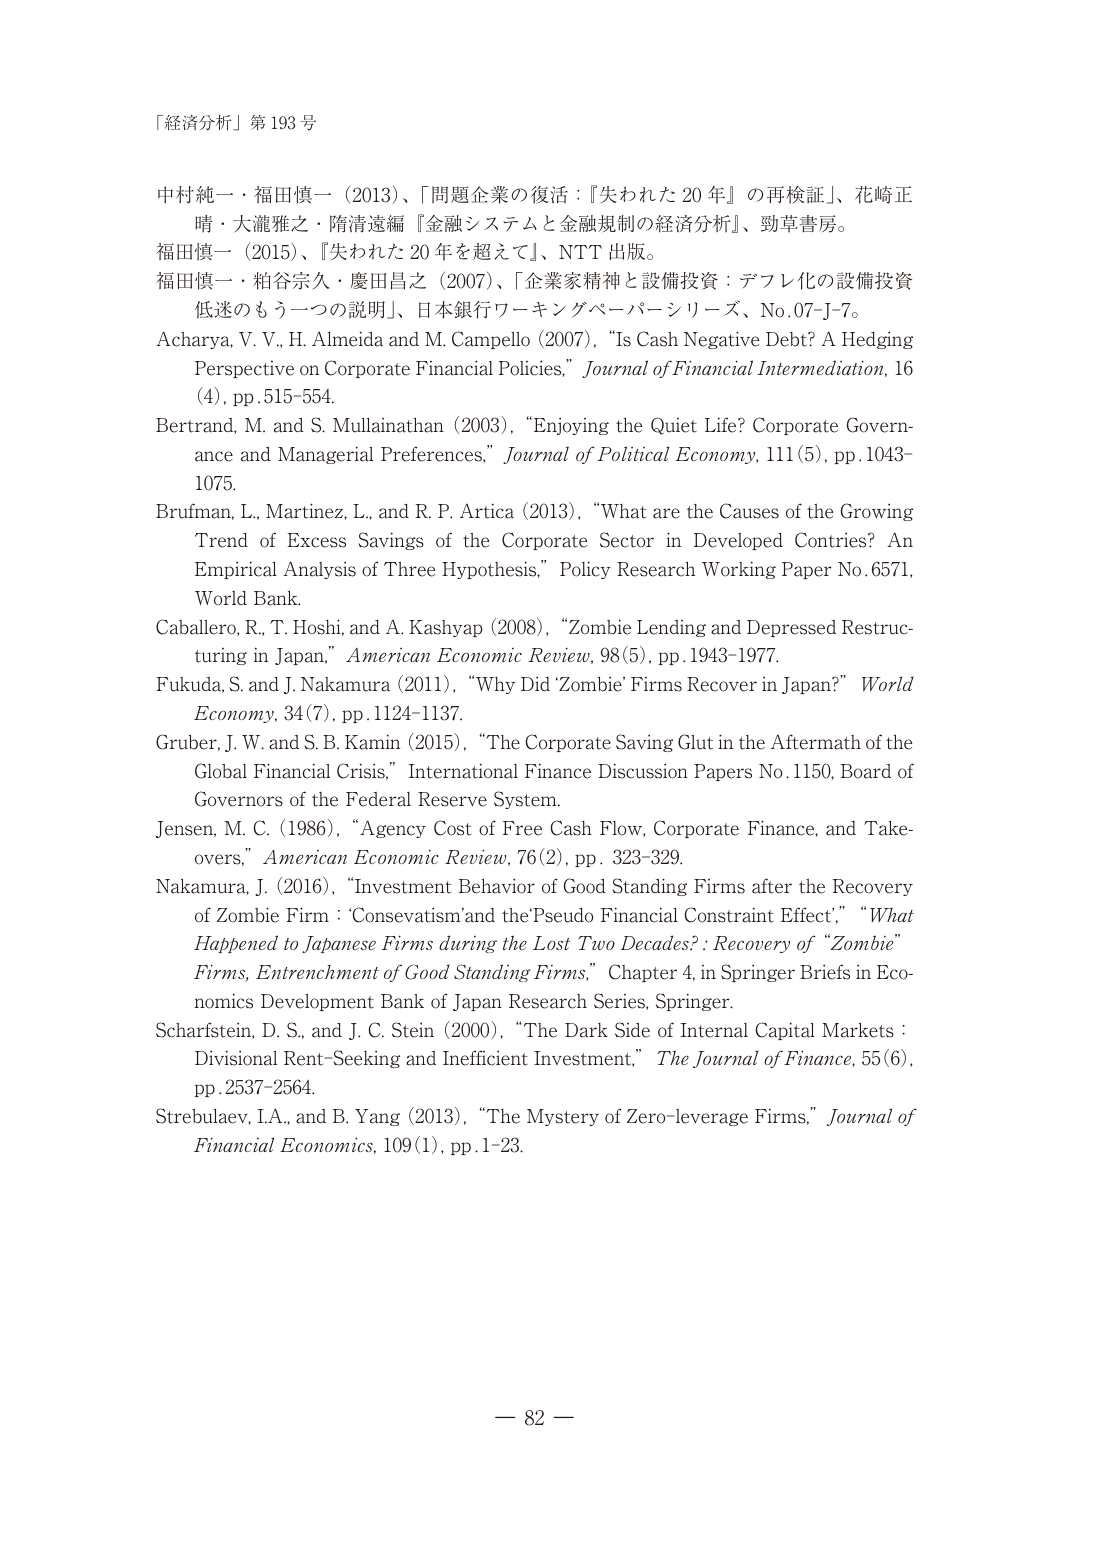
「経済分析」第193号

中村純一・福田慎一（2013）、『問題企業の復活：『失われた20年』の再検証』、花崎正晴・大瀧雅之・隋清遠編『金融システムと金融規制の経済分析』、勁草書房。

福田慎一（2015）、『失われた20年を超えて』、NTT出版。

福田慎一・粕谷宗久・慶田昌之（2007）、『企業家精神と設備投資：デフレ化の設備投資低迷のもう一つの説明』、日本銀行ワーキングペーパーシリーズ、No.07-J-7。

Acharya, V. V., H. Almeida and M. Campello (2007), “Is Cash Negative Debt? A Hedging Perspective on Corporate Financial Policies,” Journal of Financial Intermediation, 16 (4), pp. 515–554.

Bertrand, M. and S. Mullainathan (2003), “Enjoying the Quiet Life? Corporate Governance and Managerial Preferences,” Journal of Political Economy, 111 (5), pp. 1043–1075.

Brufman, L., Martinez, L., and R. P. Artica (2013), “What are the Causes of the Growing Trend of Excess Savings of the Corporate Sector in Developed Countries? An Empirical Analysis of Three Hypothesis,” Policy Research Working Paper No. 6571, World Bank.

Caballero, R., T. Hoshi, and A. Kashyap (2008), “Zombie Lending and Depressed Restructuring in Japan,” American Economic Review, 98 (5), pp. 1943–1977.

Fukuda, S. and J. Nakamura (2011), “Why Did ‘Zombie’ Firms Recover in Japan?” World Economy, 34 (7), pp. 1124–1137.

Gruber, J. W. and S. B. Kamin (2015), “The Corporate Saving Glut in the Aftermath of the Global Financial Crisis,” International Finance Discussion Papers No. 1150, Board of Governors of the Federal Reserve System.

Jensen, M. C. (1986), “Agency Cost of Free Cash Flow, Corporate Finance, and Takeovers,” American Economic Review, 76 (2), pp. 323–329.

Nakamura, J. (2016), “Investment Behavior of Good Standing Firms after the Recovery of Zombie Firm : ‘Consevatism’ and the Pseudo Financial Constraint Effect,” “What Happened to Japanese Firms during the Lost Two Decades? : Recovery of “Zombie” Firms, Entrenchment of Good Standing Firms,” Chapter 4, in Springer Briefs in Economics Development Bank of Japan Research Series, Springer.

Scharfstein, D. S., and J. C. Stein (2000), “The Dark Side of Internal Capital Markets : Divisional Rent-Seeking and Inefficient Investment,” The Journal of Finance, 55 (6), pp. 2537–2564.

Strebulaev, I.A., and B. Yang (2013), “The Mystery of Zero-leverage Firms,” Journal of Financial Economics, 109 (1), pp. 1–23.

— 82 —